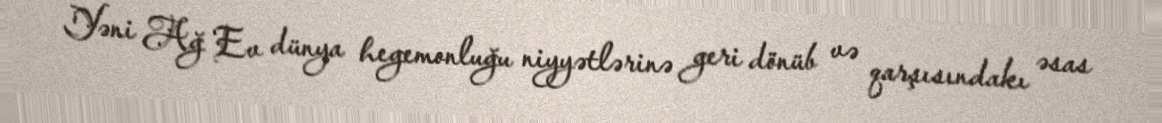
Yəni Ağ Ev dünya hegemonluğu niyyətlərinə geri dönüb və qarşısındakı əsas